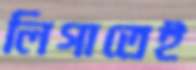
লিগাতেই